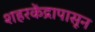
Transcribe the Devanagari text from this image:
शहरकेंद्रापासून